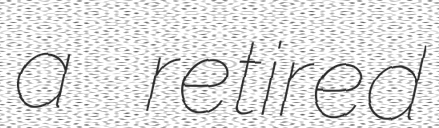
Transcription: a retired